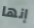
إنها